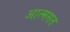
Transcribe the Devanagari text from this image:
आत्मसत